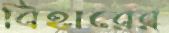
বিহারের